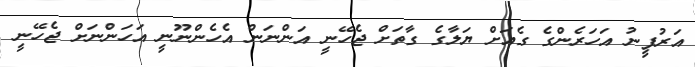
އަރުފީނު އަހަރެންގެ ގެއަށް ޔަލާގެ ގާތަށް ޖެހޭނީ އަންނަން އެހެންނޫނީ އަހަންނަށް ޖެހޭނީ